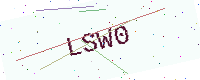
Text: LSW0